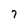
Character: 7